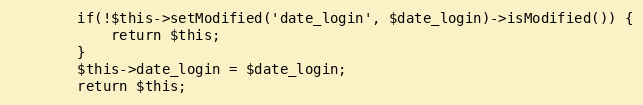
Language: PHP
        if(!$this->setModified('date_login', $date_login)->isModified()) {
            return $this;
        }
		$this->date_login = $date_login;
		return $this;